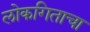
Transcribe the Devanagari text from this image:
लोकगिताचा